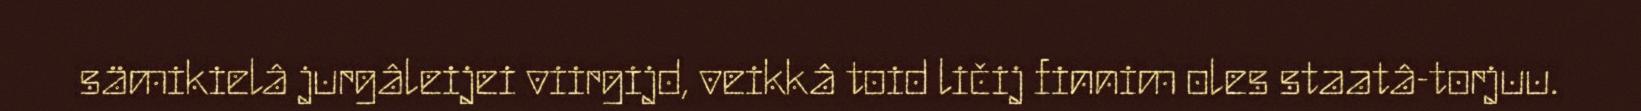
sämikielâ jurgâleijei viirgijd, veikkâ toid ličij finnim oles staatâ-torjuu.